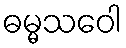
ဓမ္မသဝေါ